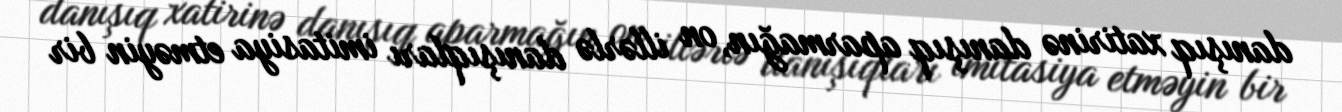
danışıq xatirinə danışıq aparmağın, on illərlə danışıqları imitasiya etməyin bir